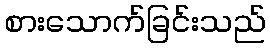
စားသောက်ခြင်းသည်